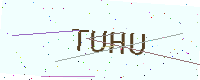
Text: TUHU